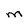
Character: M